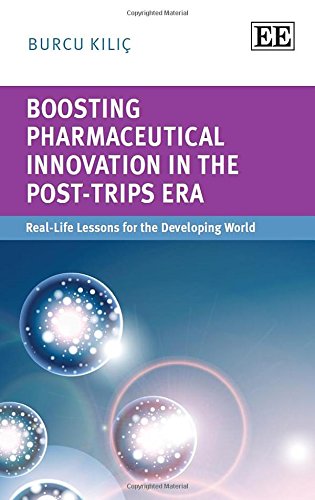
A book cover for Boosting Pharmaceutical Innovation in the Post-TRIPS Era: Real-Life Lessons for the Developing World; Burcu Kilic; Business & Money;